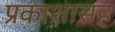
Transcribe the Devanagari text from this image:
प्रकाशासह